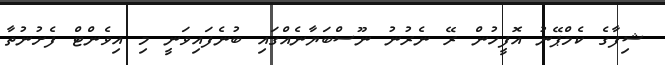
ޝިފާގެ ކެމްޕޭނު އޮފީހުން ރޭ ނެރުނު ނޫސްބަޔާނެއްގައި ބުނެފައިވަނީ މި އިވެންޓް ފެށުނުތާ